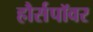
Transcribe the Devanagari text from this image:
हौर्सपॉवर